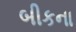
બીકના